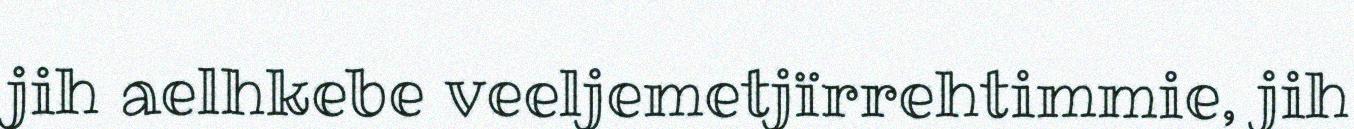
jih aelhkebe veeljemetjïrrehtimmie, jih